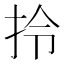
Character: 拎